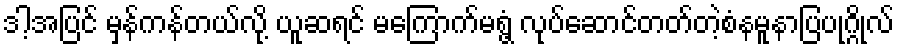
ဒါ့အပြင် မှန်ကန်တယ်လို့ ယူဆရင် မကြောက်မရွံ့ လုပ်ဆောင်တတ်တဲ့စံနမူနာပြပုဂ္ဂိုလ်